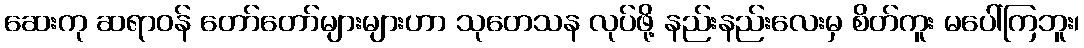
ဆေးကု ဆရာဝန် တော်တော်များများဟာ သုတေသန လုပ်ဖို့ နည်းနည်းလေးမှ စိတ်ကူး မပေါ်ကြဘူး၊